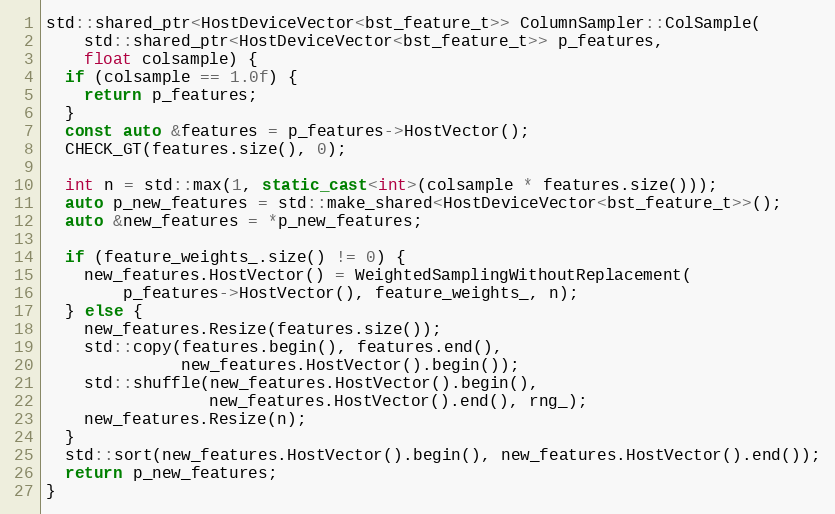
Language: C++
std::shared_ptr<HostDeviceVector<bst_feature_t>> ColumnSampler::ColSample(
    std::shared_ptr<HostDeviceVector<bst_feature_t>> p_features,
    float colsample) {
  if (colsample == 1.0f) {
    return p_features;
  }
  const auto &features = p_features->HostVector();
  CHECK_GT(features.size(), 0);

  int n = std::max(1, static_cast<int>(colsample * features.size()));
  auto p_new_features = std::make_shared<HostDeviceVector<bst_feature_t>>();
  auto &new_features = *p_new_features;

  if (feature_weights_.size() != 0) {
    new_features.HostVector() = WeightedSamplingWithoutReplacement(
        p_features->HostVector(), feature_weights_, n);
  } else {
    new_features.Resize(features.size());
    std::copy(features.begin(), features.end(),
              new_features.HostVector().begin());
    std::shuffle(new_features.HostVector().begin(),
                 new_features.HostVector().end(), rng_);
    new_features.Resize(n);
  }
  std::sort(new_features.HostVector().begin(), new_features.HostVector().end());
  return p_new_features;
}